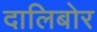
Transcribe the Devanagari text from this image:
दालिबोर